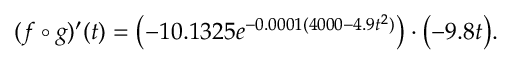
( f \circ g ) ^ { \prime } ( t ) = { \big ( } { \mathord { - } } 1 0 . 1 3 2 5 e ^ { - 0 . 0 0 0 1 ( 4 0 0 0 - 4 . 9 t ^ { 2 } ) } { \big ) } \cdot { \big ( } { \mathord { - } } 9 . 8 t { \big ) } .